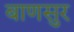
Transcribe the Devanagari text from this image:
बाणसुर